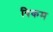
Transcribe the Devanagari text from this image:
विकम